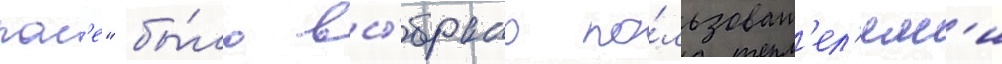
пол'е" бы́ло вы́брано по́льзоват'ел'ям'и